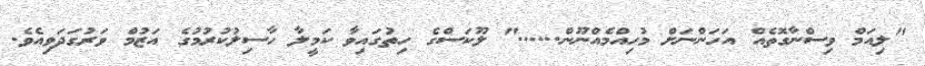
"ލިއަމް ވިސްނާގޮތެއް އަހަންނަށް މުހިއްމެއްނޫން......" ލޫކަސްގެ ހިތުގައިވާ ކަމީލާ ހާސިލުކުރުމުގެ އަޒުމް ވަރުގަދަވިއެވެ.